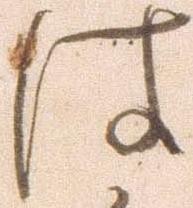
は